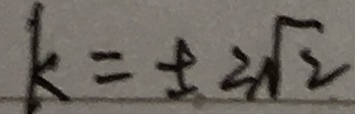
k = \pm 2 \sqrt { 2 }